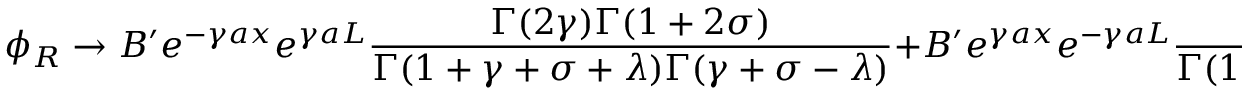
\phi _ { R } \rightarrow B ^ { \prime } e ^ { - \gamma a x } e ^ { \gamma a L } \frac { \Gamma ( 2 \gamma ) \Gamma ( 1 + 2 \sigma ) } { \Gamma ( 1 + \gamma + \sigma + \lambda ) \Gamma ( \gamma + \sigma - \lambda ) } + B ^ { \prime } e ^ { \gamma a x } e ^ { - \gamma a L } \frac { \Gamma ( - 2 \gamma ) \Gamma ( 1 + 2 \sigma ) } { \Gamma ( 1 - \gamma + \sigma - \lambda ) \Gamma ( - \gamma + \sigma - \lambda ) }